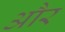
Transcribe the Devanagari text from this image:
और